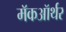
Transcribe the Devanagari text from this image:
मॅकऑर्थर